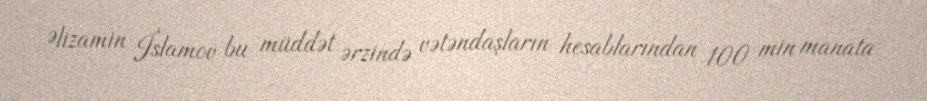
Əlizamin İslamov bu müddət ərzində vətəndaşların hesablarından 100 min manata